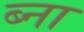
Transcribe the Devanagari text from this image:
ब्ना